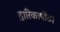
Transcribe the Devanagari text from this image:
द्वारिकापीठ।